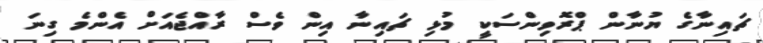
ޗައިނާގެ ޔުނާން ޕްރޮވިންސަކީ މުޅި ޗައިނާ އިން ވެސް ރާއްޖެއަށް އެންމެ ގިނަ